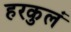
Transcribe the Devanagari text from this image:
हरकुलं